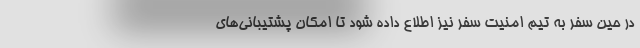
در حین سفر به تیم امنیت سفر نیز اطلاع داده شود تا امکان پشتیبانی‌های